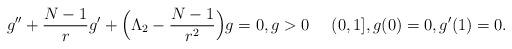
LaTeX: \begin{align*}g''+\frac{N-1}{r}g'+\Bigl(\Lambda_2-\frac{N-1}{r^2}\Bigr)g=0,g>0 \quad\ (0,1],g(0)=0,g'(1)=0.\end{align*}